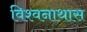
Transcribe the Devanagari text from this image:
विश्वनाथास